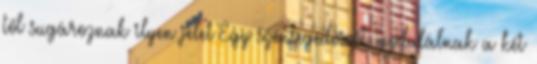
től sugároznak ilyen jelet Egy színsegédvivőt modulálnak a két